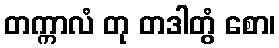
တက္ကာလံ တု တဒါတွံ စော၊